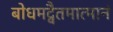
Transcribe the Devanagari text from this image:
बोधमद्वैतमात्मानं